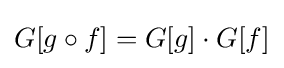
G[g\circ f]=G[g]\cdot G[f]